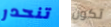
تنحدر تكون